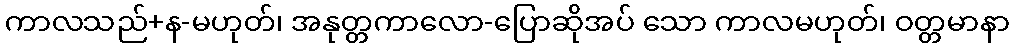
ကာလသည်+န-မဟုတ်၊ အနုတ္တကာလော-ပြောဆိုအပ် သော ကာလမဟုတ်၊ ဝတ္တမာနာ